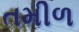
તમીળ